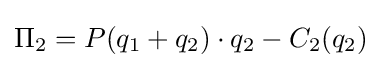
\Pi _{2}=P(q_{1}+q_{2})\cdot q_{2}-C_{2}(q_{2})